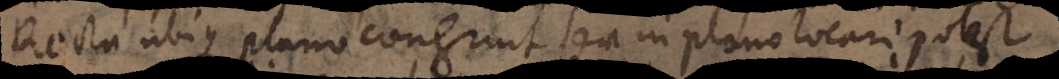
Recta ubique plano congrunt sea in plano locari potest